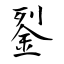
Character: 銐